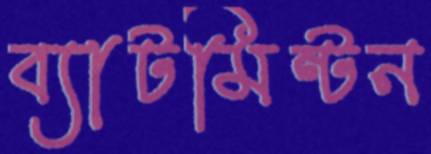
ব্যাটমিন্টন